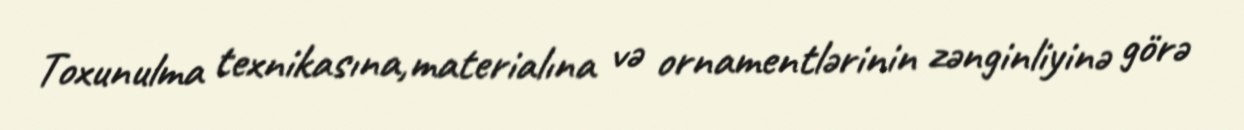
Toxunulma texnikasına,materialına və ornamentlərinin zənginliyinə görə